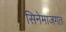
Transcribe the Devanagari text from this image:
सिनेमाजगत